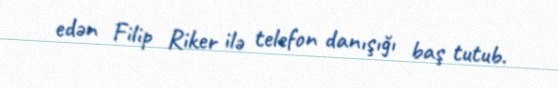
edən Filip Riker ilə telefon danışığı baş tutub.